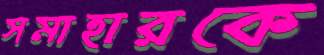
সমাহারকে